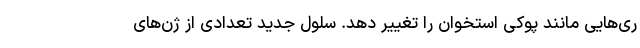
ری‌هایی مانند پوکی استخوان را تغییر دهد. سلول جدید تعدادی از ژن‌های